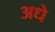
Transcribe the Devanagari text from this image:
अधे